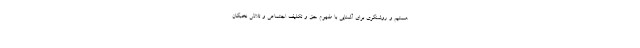
هستیم و روشنگری برای آشنایی با مفهوم حق و تکلیف اجتماعی و تلاش نخبگان